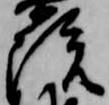
院